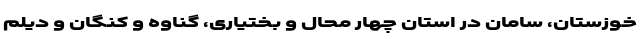
خوزستان، سامان در استان چهار محال و بختیاری، گناوه و کنگان و دیلم